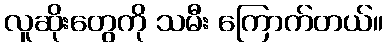
လူဆိုးတွေကို သမီး ကြောက်တယ်။